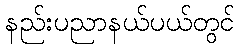
နည်းပညာနယ်ပယ်တွင်